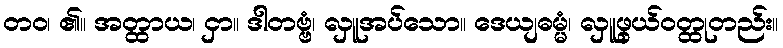
တဝ၊ ၏။ အတ္ထာယ၊ ငှာ။ ဒါတဗ္ဗံ၊ လှူအပ်သော။ ဒေယျဓမ္မံ၊ လှူဖွယ်ဝတ္ထုတည်း။